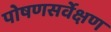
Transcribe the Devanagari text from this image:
पोषणसर्वेक्षण